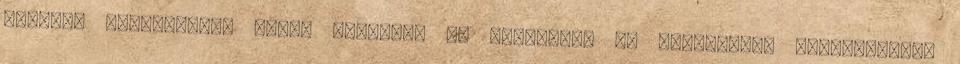
további információt külön tárolják és technikai és szervezési intézkedések